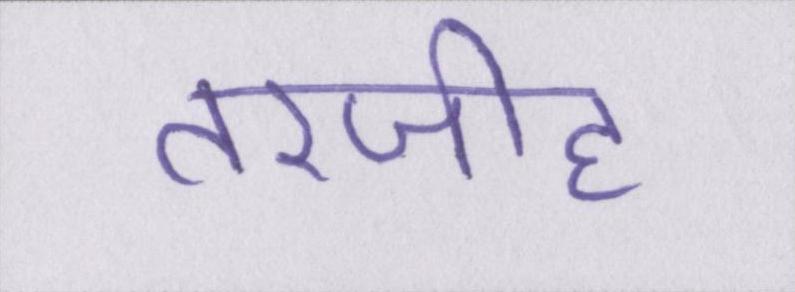
तरजीह